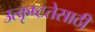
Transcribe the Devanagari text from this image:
उत्कृष्टतेसाठी